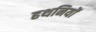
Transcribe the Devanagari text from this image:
हथनियों